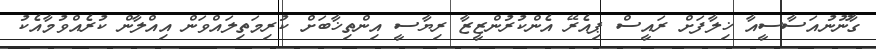
ގާނޫނުއަސާސީއާ ޚިލާފަށް ރައީސް ޕިއެރޭ އެންކުރުންޒީޒާ ރިޔާސީ އިންތިޚާބަށް ކުރިމަތިލައްވަން އިއްލާން ކުރެއްވުމާއެކު